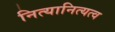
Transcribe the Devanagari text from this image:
नित्यानित्यत्व